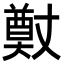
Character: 𭑢